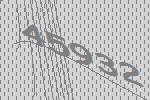
45932